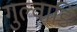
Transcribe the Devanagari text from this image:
गुल्वाडि